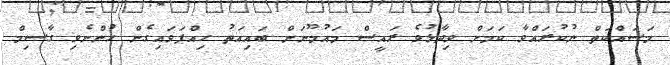
މަސައްކަތް ނުކުރައްވާ ކަމަށް ވިދާޅުވެ ރައީސް މައުމޫނަށް ބައިއަތު ހިއްޕަވައިގެން ހުންނެވި ގާސިމް